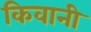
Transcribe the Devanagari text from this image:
किवानी